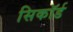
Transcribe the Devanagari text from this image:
सिकॉर्ड